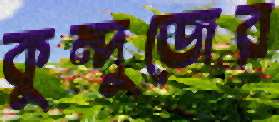
কুন্দুজের